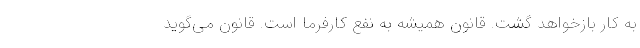
به کار بازخواهد گشت. قانون همیشه به نفع کارفرما است. قانون می‌گوید